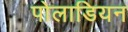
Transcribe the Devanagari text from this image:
पोलाडियन